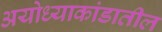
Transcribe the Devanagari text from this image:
अयोध्याकांडातील